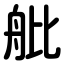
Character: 舭